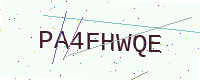
Text: PA4FHWQE